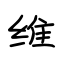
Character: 维